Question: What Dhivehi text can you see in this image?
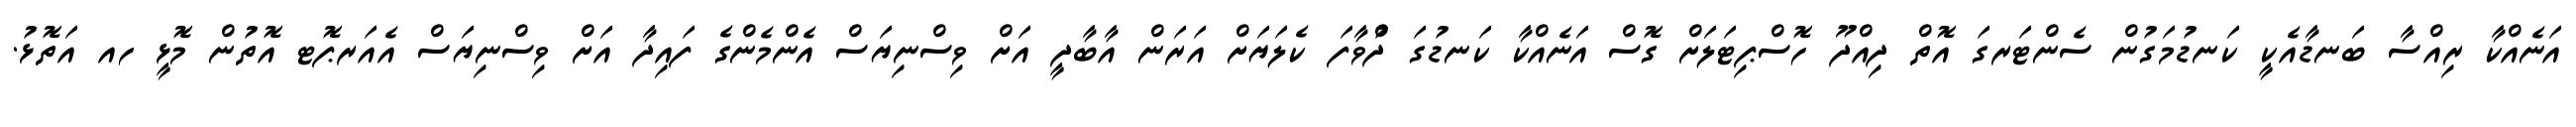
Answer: އަނެއްކާ ރިއްސާ ބަނޑާއެކީ ކަނޑުމަގުން ސެންޓަރގަ އޮތް ދިއްދޫ ހޮސްޕިޓަލަށް ގޮސް އަނެއްކާ ކަނޑުގަ ދުްވާފަ ކެލަޔަށް އަރަން އާބާދީ އަށް ވިސްނިޔަސް އެންމެންގެ ފައިދާ އަށް ވިސްނިޔަސް އެއަރޕޮޓ އޮތުން މޮޅީ ހއ އަތޮޅު.